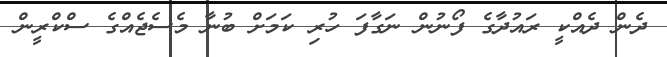
ދެން ދެއްކީ ރައުދާގެ ފޯނުން ނަގާފަ ހުރި ކަމަށް ބުނާ މެސެޖެއްގެ ސްކްރީން